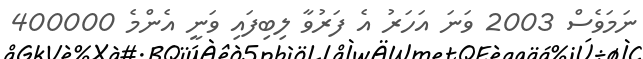
ނަމަވެސް 2003 ވަނަ އަހަރު އެ ފަރުވާ ލިބިފައި ވަނީ އެންމެ 400000